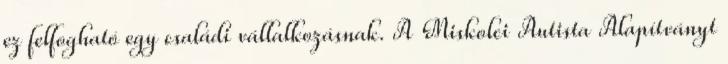
ez felfogható egy családi vállalkozásnak. A Miskolci Autista Alapítványt